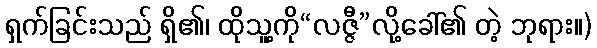
ရှက်ခြင်းသည် ရှိ၏၊ ထိုသူ့ကို“လဇ္ဇီ”လို့ခေါ်၏ တဲ့ ဘုရား။)